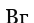
Вг